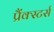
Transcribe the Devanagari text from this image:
प्रैंक्स्टर्स